Lunatic asylums in Bengal annual reports 1899-1911 - 1899-1911
Year: 1899
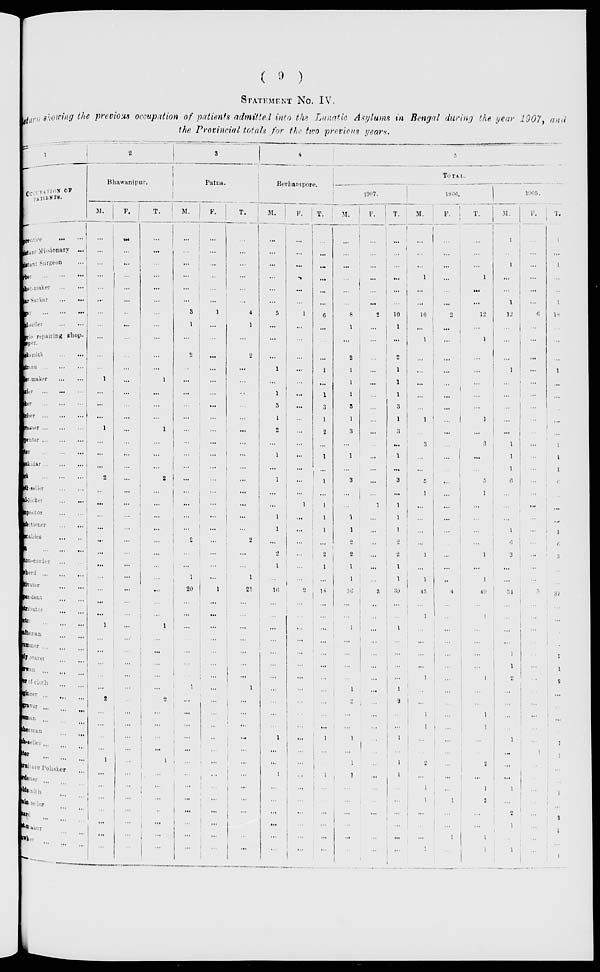
( 9 )
STATEMENT NO.
IV.
Return showing the previous occupation of patients admitted into the Lunatic Asylums in Bengal during the year 1907, and
the Provincial totals for the two previous years.
1
OCCUPATION OF
PATIENTS.
prentice
...
...
istant Missionary
...
istant Surgeon ...
rber
...
...
...
ket-maker
...
...
ar Sarkar
...
...
ar
...
...
...
al seller
...
...
cycle repairing shop-
keeper.
smith
...
...
tman ...
...
...
Ar-maker
...
...
trier ... ... ...
ker
...
...
...
cher
rasser ... ... ...
penter
...
...
...
ter
...
...
...
kidar
...
...
...
rk
...
...
...
t-seller
...
...
picker
...
...
positor
...
...
dectioner
...
...
stables
...
...
... ... ...
on-curder ... ...
sherd
...
...
...
ltivator
...
...
pendant ... ...
tributor ... ...
stor ... ... ...
aftsman ... ...
mmer ... ... ...
oearer ... ...
wan
...
...
...
er of cloth ... ...
gineer ... ... ...
... ... ...
sman ... ... ...
erman
...
...
-seller ... ... ...
ter ... ... ...
Furniture Polisher ...
dener ... ... ...
dsmith ... ...
-seller
...
...
ard ... ...
maker ... ...
wker ... ...
2
Bhawanipur.
M.
...
...
...
...
...
...
...
...
...
...
...
1
...
...
...
1
...
...
...
2
...
...
...
...
...
...
...
...
...
...
...
1
...
...
...
...
...
2
...
...
...
...
1
...
...
...
...
...
...
...
F.
...
...
...
...
...
...
...
...
...
...
...
...
...
...
...
...
...
...
...
...
...
...
...
...
...
...
...
...
...
...
...
...
...
...
...
...
...
...
...
...
...
...
...
...
...
...
...
...
...
...
T.
...
...
...
...
...
...
...
...
...
...
...
1
...
...
...
1
...
...
...
2
...
...
...
...
...
...
...
...
...
...
...
1
...
...
...
...
...
2
...
...
...
...
1
...
...
...
...
...
...
...
3
Patna.
M.
...
...
...
...
...
...
3
1
...
2
...
...
...
...
...
...
...
...
...
...
...
...
...
...
2
...
...
1
20
...
...
...
...
...
...
...
1
...
...
...
...
...
...
...
...
...
...
...
...
...
F.
...
...
...
...
...
...
1
...
...
...
...
...
...
...
...
...
...
...
...
...
...
...
...
...
...
...
...
...
1
...
...
...
...
...
...
...
...
...
...
...
...
...
...
...
...
...
...
...
...
...
T.
...
...
...
...
...
...
4
1
...
2
...
...
...
...
...
...
...
...
...
...
...
...
...
...
2
...
...
1
21
...
...
...
...
...
...
...
1
...
...
...
...
...
...
...
...
...
...
...
...
...
4
Berhampore.
M.
...
...
...
...
...
...
5
...
...
...
1
...
1
3
1
2
...
1
...
1
...
...
1
1
...
2
1
...
16
...
...
...
...
...
...
...
...
...
...
...
1
...
...
1
...
...
...
...
...
...
F.
...
...
...
...
...
...
1
...
...
...
...
...
...
...
...
...
...
...
...
...
...
1
...
...
...
...
...
...
2
...
...
...
...
...
...
...
...
...
...
...
...
...
...
...
...
...
...
...
...
...
T.
...
...
...
...
...
...
6
...
...
...
1
...
1
3
1
2
...
1
...
1
...
1
1
1
...
2
1
...
18
...
...
...
...
...
...
...
...
...
...
...
1
...
...
1
...
...
...
...
...
...
5
TOTAL.
1907.
M.
...
...
...
...
...
...
8
1
...
2
1
1
1
3
1
3
...
1
...
3
...
...
1
1
2
2
1
1
36
...
...
1
...
...
...
...
1
2
...
...
1
...
1
1
...
...
...
...
...
...
F.
...
...
...
...
...
...
2
...
...
...
...
...
...
...
...
...
...
...
...
...
...
1
...
...
...
...
...
...
3
...
...
...
...
...
...
...
...
...
...
...
...
...
...
...
...
...
...
...
...
...
T.
...
...
...
...
...
...
10
1
...
2
1
1
1
3
1
3
...
1
...
3
...
1
1
1
2
2
1
1
39
...
...
1
...
...
...
...
1
2
...
...
1
...
1
1
...
...
...
...
...
...
1906.
M.
...
...
...
1
...
...
10
...
1
...
...
...
...
...
1
...
3
...
...
5
1
...
...
...
...
1
...
1
45
...
1
...
...
...
...
1
...
...
1
1
...
...
2
...
1
1
...
...
...
...
F.
...
...
...
...
...
...
2
...
...
...
...
...
...
...
...
...
...
...
...
...
...
...
...
...
...
...
...
...
4
...
...
...
...
...
...
...
...
...
...
...
...
...
...
...
...
1
...
...
1
...
T.
...
...
...
1
...
...
12
...
1
...
...
...
...
...
1
...
3
...
...
5
1
...
...
...
...
1
...
1
49
...
1
...
...
...
...
1
...
...
1
1
...
...
2
...
1
2
...
...
1
1
1905.
M.
1
...
1
...
...
1
12
...
...
...
1
...
...
...
...
...
1
1
1
6
...
...
...
1
6
3
...
...
34
...
...
...
...
1
1
2
...
...
...
...
1
...
...
...
1
...
2
1
...
1
F.
...
...
...
...
...
...
6
...
...
...
...
...
...
...
...
...
...
...
...
...
...
...
...
...
...
...
...
...
3
...
...
...
...
...
...
...
...
...
...
...
...
1
...
...
...
...
...
...
...
...
T.
1
...
1
...
...
1
18
...
...
...
1
...
...
...
...
...
1
1
1
6
...
...
...
1
6
3
...
...
37
...
...
...
...
1
1
2
...
...
...
...
1
1
...
...
1
...
2
1
...
1